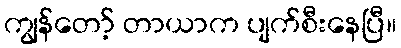
ကျွန်တော့် တာယာက ပျက်စီးနေပြီ။